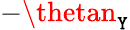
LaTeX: -\thetan_{\mathtt{Y}}